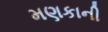
મણકાની